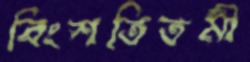
বিংশতিতমী